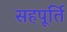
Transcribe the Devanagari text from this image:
सहपूर्ति